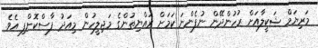
މަރިޔަމް ޝަކީލާއަށް ރުހުންދޭން ނުފެންނަ ކަމަށް ރައްޔިތުންގެ މަޖިލީހުން މިއަދު ފާސްކޮށްފި އެވެ.